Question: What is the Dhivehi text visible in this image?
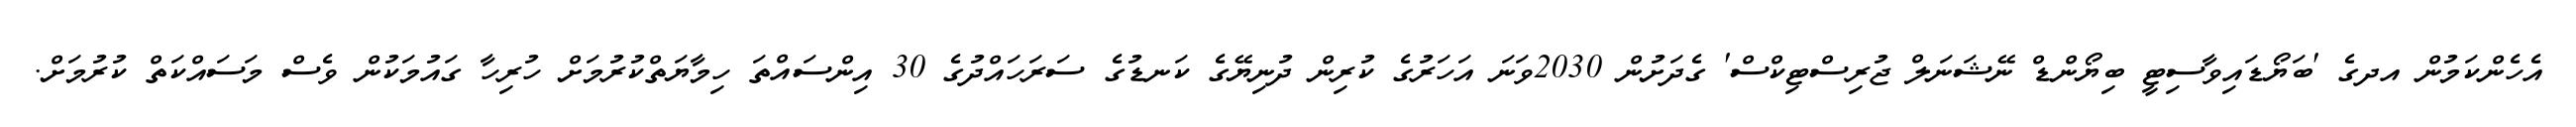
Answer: އެހެންކަމުން އދގެ 'ބަޔޯޑައިވާސިޓީ ބިޔޯންޑް ނޭޝަނަލް ޖުރިސްޓިކްސް' ގެދަށުން 2030ވަނަ އަހަރުގެ ކުރިން ދުނިޔޭގެ ކަނޑުގެ ސަރަހައްދުގެ 30 އިންސައްތަ ހިމާޔަތްކުރުމަށް ހުރިހާ ގައުމަކުން ވެސް މަސައްކަތް ކުރުމަށް.